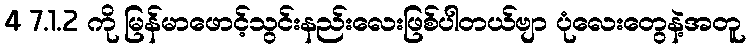
4 7.1.2 ကို မြန်မာဖောင့်သွင်းနည်းလေးဖြစ်ပါတယ်ဗျာ ပုံလေးတွေနဲ့အတူ